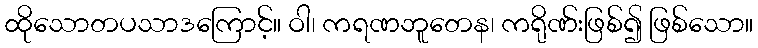
ထိုသောတပသာဒကြောင့်။ ဝါ၊ ကရဏဘူတေန၊ ကရိုဏ်းဖြစ်၍ ဖြစ်သော။